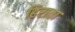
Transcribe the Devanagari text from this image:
हिराता